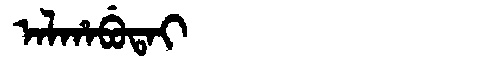
Manchu: ᠠᠯᡥᠠᠪᡠᡨᠠᡳ
Romanization: ALHABUTAI